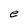
Character: e